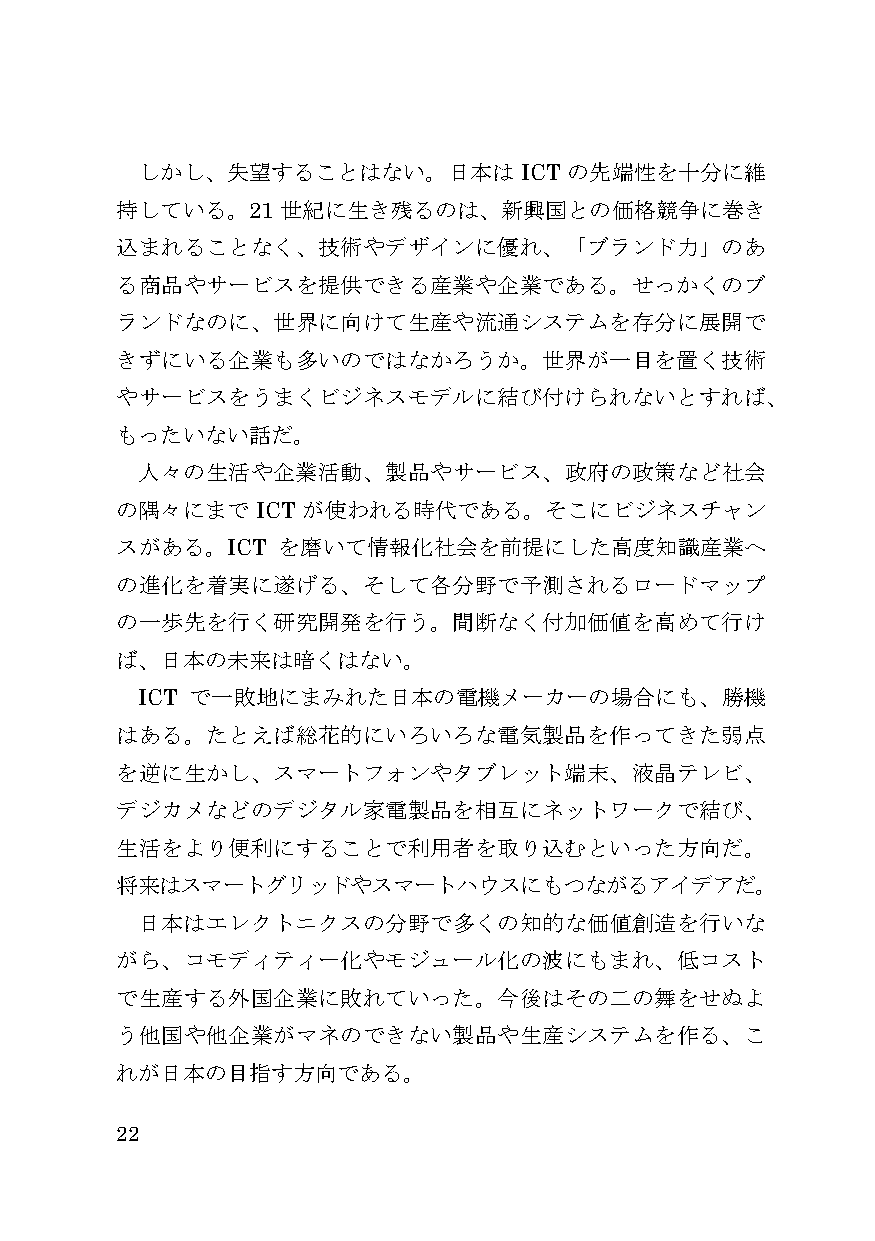
しかし、失望することはない。日本は        ICT の先端性を十分に維
 持している。21   世紀に生き残るのは、新興国との価格競争に巻き
 込まれることなく、技術やデザインに優れ、「ブランド力」のあ
 る商品やサービスを提供できる産業や企業である。せっかくのブ
 ランドなのに、世界に向けて生産や流通システムを存分に展開で
 きずにいる企業も多いのではなかろうか。世界が一目を置く技術
 やサービスをうまくビジネスモデルに結び付けられないとすれば、
 もったいない話だ。
 人々の生活や企業活動、製品やサービス、政府の政策など社会
 の隅々にまで   ICT が使われる時代である。そこにビジネスチャン
 スがある。ICT  を磨いて情報化社会を前提にした高度知識産業へ
 の進化を着実に遂げる、そして各分野で予測されるロードマップ
 の一歩先を行く研究開発を行う。間断なく付加価値を高めて行け
 ば、日本の未来は暗くはない。
 ICT で一敗地にまみれた日本の電機メーカーの場合にも、勝機
 はある。たとえば総花的にいろいろな電気製品を作ってきた弱点
 を逆に生かし、スマートフォンやタブレット端末、液晶テレビ、
 デジカメなどのデジタル家電製品を相互にネットワークで結び、
 生活をより便利にすることで利用者を取り込むといった方向だ。
 将来はスマートグリッドやスマートハウスにもつながるアイデアだ。
 日本はエレクトニクスの分野で多くの知的な価値創造を行いな
 がら、コモディティー化やモジュール化の波にもまれ、低コスト
 で生産する外国企業に敗れていった。今後はその二の舞をせぬよ
 う他国や他企業がマネのできない製品や生産システムを作る、こ
 れが日本の目指す方向である。
 22